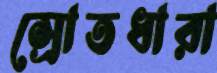
স্রোতধারা